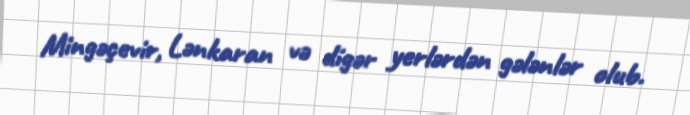
Mingəçevir, Lənkaran və digər yerlərdən gələnlər olub.